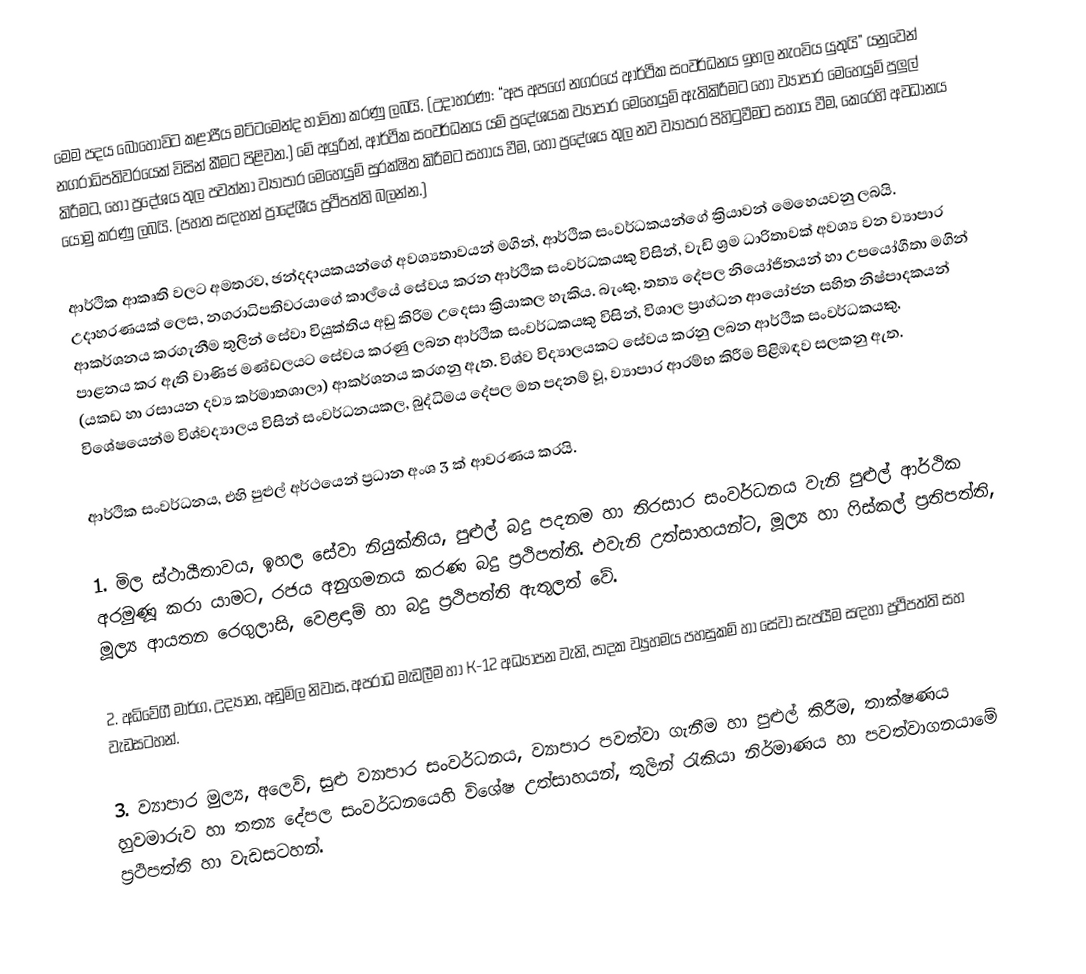
මෙම පදය බොහෝවිට කළාපීය මට්ටමෙන්ද භාවිතා කරණු ලබයි.  (උදාහරණ: “අප අපගේ නගරයේ ආර්ථික සංවර්ධනය ඉහල නැංවිය යුතුයි” යනුවෙන් නගරාධිපතිවරයෙක් විසින් කීමට පිළිවන.) මේ අයුරින්, ආර්ථික සංවර්ධනය යම් ප්‍රදේශයක ව්‍යාපාර මෙහෙයුම් ඇතිකිරීමට හෝ ව්‍යාපාර මෙහෙයුම් පුලුල් කිරීමට, හෝ  ප්‍රදේශය තුල පවත්නා ව්‍යාපාර මෙහෙයුම් සුරක්ෂිත කිරීමට සහාය වීම, හෝ ප්‍රදේශය තුල නව ව්‍යාපාර පිහිටුවීමට සහාය වීම, කෙරෙහි අවධානය යොමු කරණු ලබයි.  (පහත සඳහන් ප්‍රාදේශීය ප්‍රථිපත්ති බලන්න.)

ආර්ථික ආකෘති වලට අමතරව, ඡන්දදායකයන්ගේ අවශ්‍යතාවයන් මගින්, ආර්ථික සංවර්ධකයන්ගේ ක්‍රියාවන් මෙහෙයවනු ලබයි. උදාහරණයක් ලෙස, නගරාධිපතිවරයාගේ කාර්‍ලයේ සේවය කරන ආර්ථික සංවර්ධකයකු විසින්, වැඩි  ශ්‍රම ධාරිතාවක් අවශ්‍ය වන ව්‍යාපාර ආකර්ශනය කරගැනීම තුලින් සේවා වියුක්තිය අඩු කිරිම උදෙසා ක්‍රියාකල හැකිය. බැංකු, තත්‍ය දේපල නියෝජිතයන් හා උපයෝගීතා මගින් පාළනය කර ඇති වාණිජ මණ්ඩලයට සේවය කරණු ලබන ආර්ථීක සංවර්ධකයකු විසින්, විශාල ප්‍රාග්ධන ආයෝජන සහිත නිෂ්පාදකයන් (යකඩ හා රසායන දව්‍ය කර්මාතශාලා)  ආකර්ශනය කරගනු ඇත. විශ්ව විද්‍යාලයකට සේවය කරනු ලබන ආර්ථික සංවර්ධකයකු, විශේෂයෙන්ම විශ්වද්‍යාලය විසින් සංවර්ධනයකල, බුද්ධිමය දේපල මත පදනම් වූ, ව්‍යාපාර ආරම්භ කිරීම  පිළිඹඳව සලකනු ඇත.

ආර්ථික සංවර්ධනය, එහි පුළුල් අර්ථයෙන් ප්‍රධාන අංශ 3 ක් ආවරණය කරයි.

1.	මිල ස්ථායීතාවය, ඉහල සේවා නියුක්තිය, පුළුල් බදු පදනම හා තිරසාර සංවර්ධනය වැනි පුළුල් ආර්ථික අරමුණූ කරා යාමට, රජය අනුගමනය කරණ බදු ප්‍රථිපත්ති. එවැනි උත්සාහයන්ට, මූල්‍ය හා ෆිස්කල් ප්‍රතිපත්ති, මූල්‍ය ආයතන රෙගුලාසි, වෙළඳාම් හා බදු ප්‍රථිපත්ති ඇතුලත් වේ.

2.	අධිවේගී මාර්ග, උද්‍යාන, අඩුමිල නිවාස, අපරාධ මැඩලීම හා K-12 අධ්‍යාපන වැනි, පාදක ව්‍යුහමය පහසුකම් හා සේවා සැපයීම සඳහා ප්‍රථිපත්ති සහ වැඩසටහන්.

3.	ව්‍යාපාර මුල්‍ය, අලෙවි, සුළු ව්‍යාපාර සංවර්ධනය, ව්‍යාපාර පවත්වා ගැනීම හා පුළුල් කිරීම, තාක්ෂණය හුවමාරුව හා තත්‍ය දේපල සංවර්ධනයෙහි විශේෂ උත්සාහයන්, තුලින් රැකියා නිර්මාණය හා පවත්වාගනයාමේ ප්‍රථිපත්ති හා වැඩසටහන්.